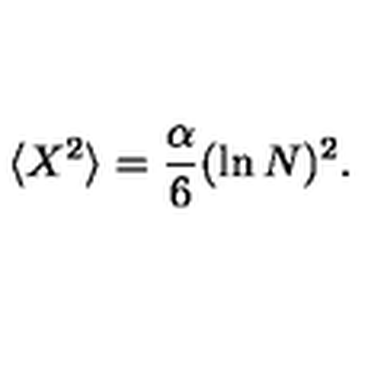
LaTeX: \langle X ^ { 2 } \rangle = \frac { \alpha } { 6 } ( \ln N ) ^ { 2 } .